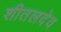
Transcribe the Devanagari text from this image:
शीतलदेव